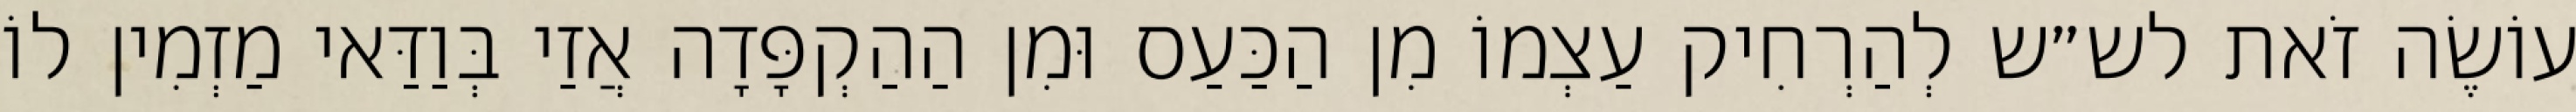
עוֹשֶׂה זֹאת לש״ש לְהַרְחִיק עַצְמוֹ מִן הַכַּעַס וּמִן הַהַקְפָּדָה אֲזַי בְּוַדַּאי מַזְמִין לוֹ